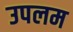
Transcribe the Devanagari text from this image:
उपलम